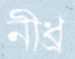
নীধ্র